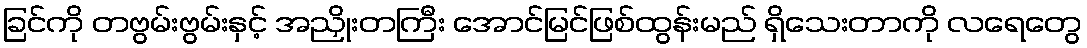
ခြင်ကို တဗွမ်းဗွမ်းနှင့် အညှိုးတကြီး အောင်မြင်ဖြစ်ထွန်းမည် ရှိသေးတာကို လရေတွေ